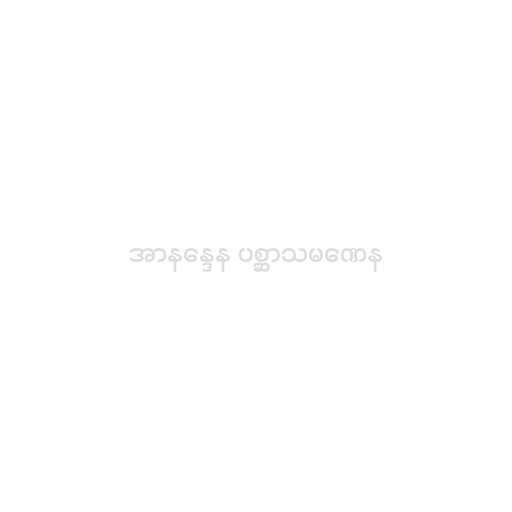
အာနန္ဒေန ပစ္ဆာသမဏေန